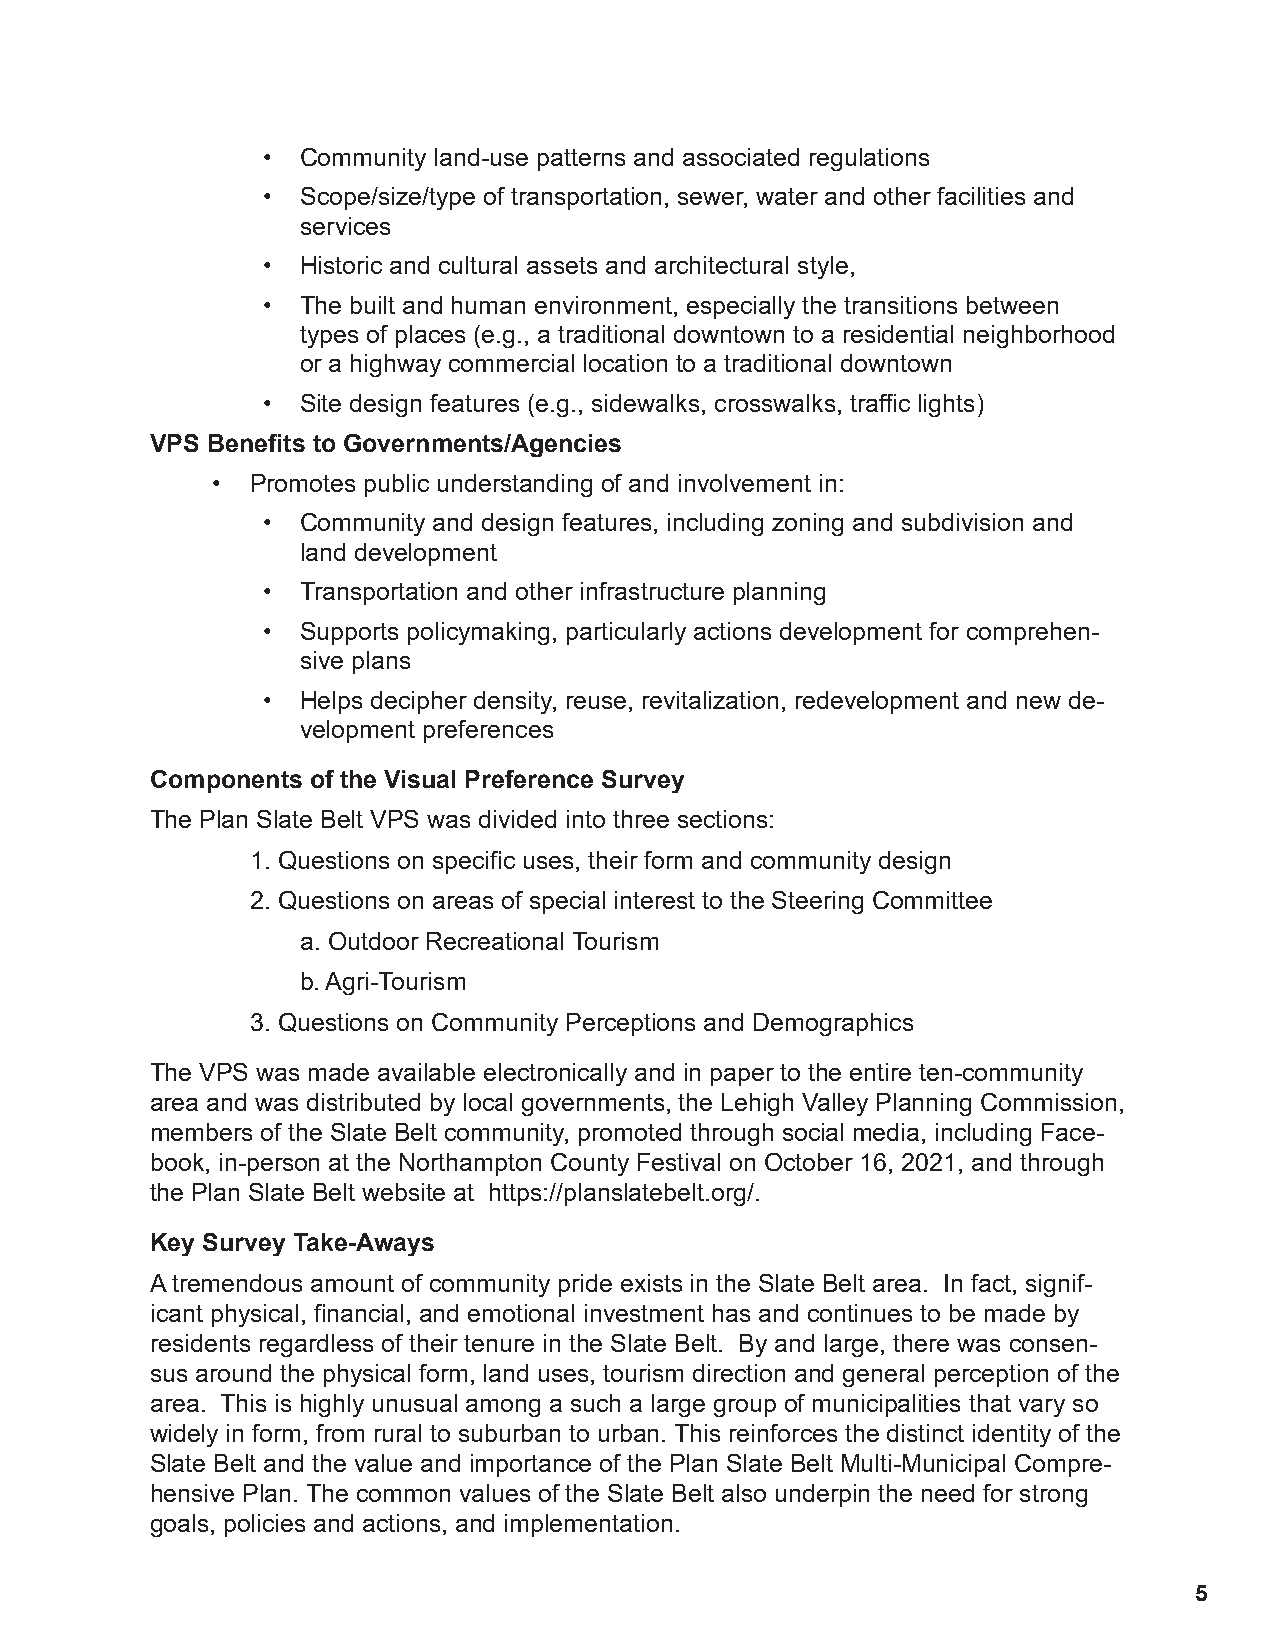
•  Community land-use patterns and associated regulations
 •  Scope/size/type of transportation, sewer, water and other facilities and
 services
 •  Historic and cultural assets and architectural style,
 •  The built and human environment, especially the transitions between
 types of places (e.g., a traditional downtown to a residential neighborhood
 or a highway commercial location to a traditional downtown
 •  Site design features (e.g., sidewalks, crosswalks, traffic lights)
 VPS Benefits to Governments/Agencies
 •  Promotes public understanding of and involvement in:
 •  Community and design features, including zoning and subdivision and
 land development
 •  Transportation and other infrastructure planning
 •  Supports policymaking, particularly actions development for comprehen-
 sive plans
 •  Helps decipher density, reuse, revitalization, redevelopment and new de-
 velopment preferences
 Components of the Visual Preference Survey
 The Plan Slate Belt VPS was divided into three sections:
 1. Questions on specific uses, their form and community design
 2. Questions on areas of special interest to the Steering Committee
 a. Outdoor Recreational Tourism
 b.Agri-Tourism
 3. Questions on Community Perceptions and Demographics
 The VPS was made available electronically and in paper to the entire ten-community
 area and was distributed by local governments, the Lehigh Valley Planning Commission,
 members of the Slate Belt community, promoted through social media, including Face-
 book, in-person at the Northampton County Festival on October 16, 2021, and through
 the Plan Slate Belt website at https://planslatebelt.org/.
 Key Survey Take-Aways
 A tremendous amount of community pride exists in the Slate Belt area. In fact, signif-
 icant physical, financial, and emotional investment has and continues to be made by
 residents regardless of their tenure in the Slate Belt. By and large, there was consen-
 sus around the physical form, land uses, tourism direction and general perception of the
 area. This is highly unusual among a such a large group of municipalities that vary so
 widely in form, from rural to suburban to urban. This reinforces the distinct identity of the
 Slate Belt and the value and importance of the Plan Slate Belt Multi-Municipal Compre-
 hensive Plan. The common values of the Slate Belt also underpin the need for strong
 goals, policies and actions, and implementation.
 5